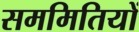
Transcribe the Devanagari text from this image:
सममितियों